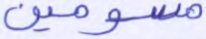
مسومين